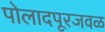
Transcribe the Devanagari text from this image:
पोलादपूरजवळ